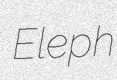
Eleph